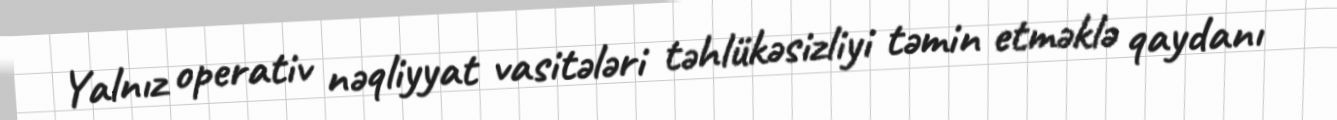
Yalnız operativ nəqliyyat vasitələri təhlükəsizliyi təmin etməklə qaydanı